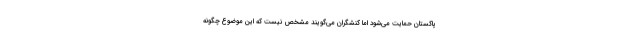
پاکستان حمایت می‌شود اما کنشگران می‌گویند مشخص نیست که این موضوع چگونه